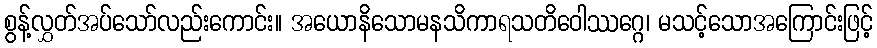
စွန့်လွှတ်အပ်သော်လည်းကောင်း။ အယောနိသောမနသိကာရသတိဝေါဿဂ္ဂေ၊ မသင့်သောအကြောင်းဖြင့်